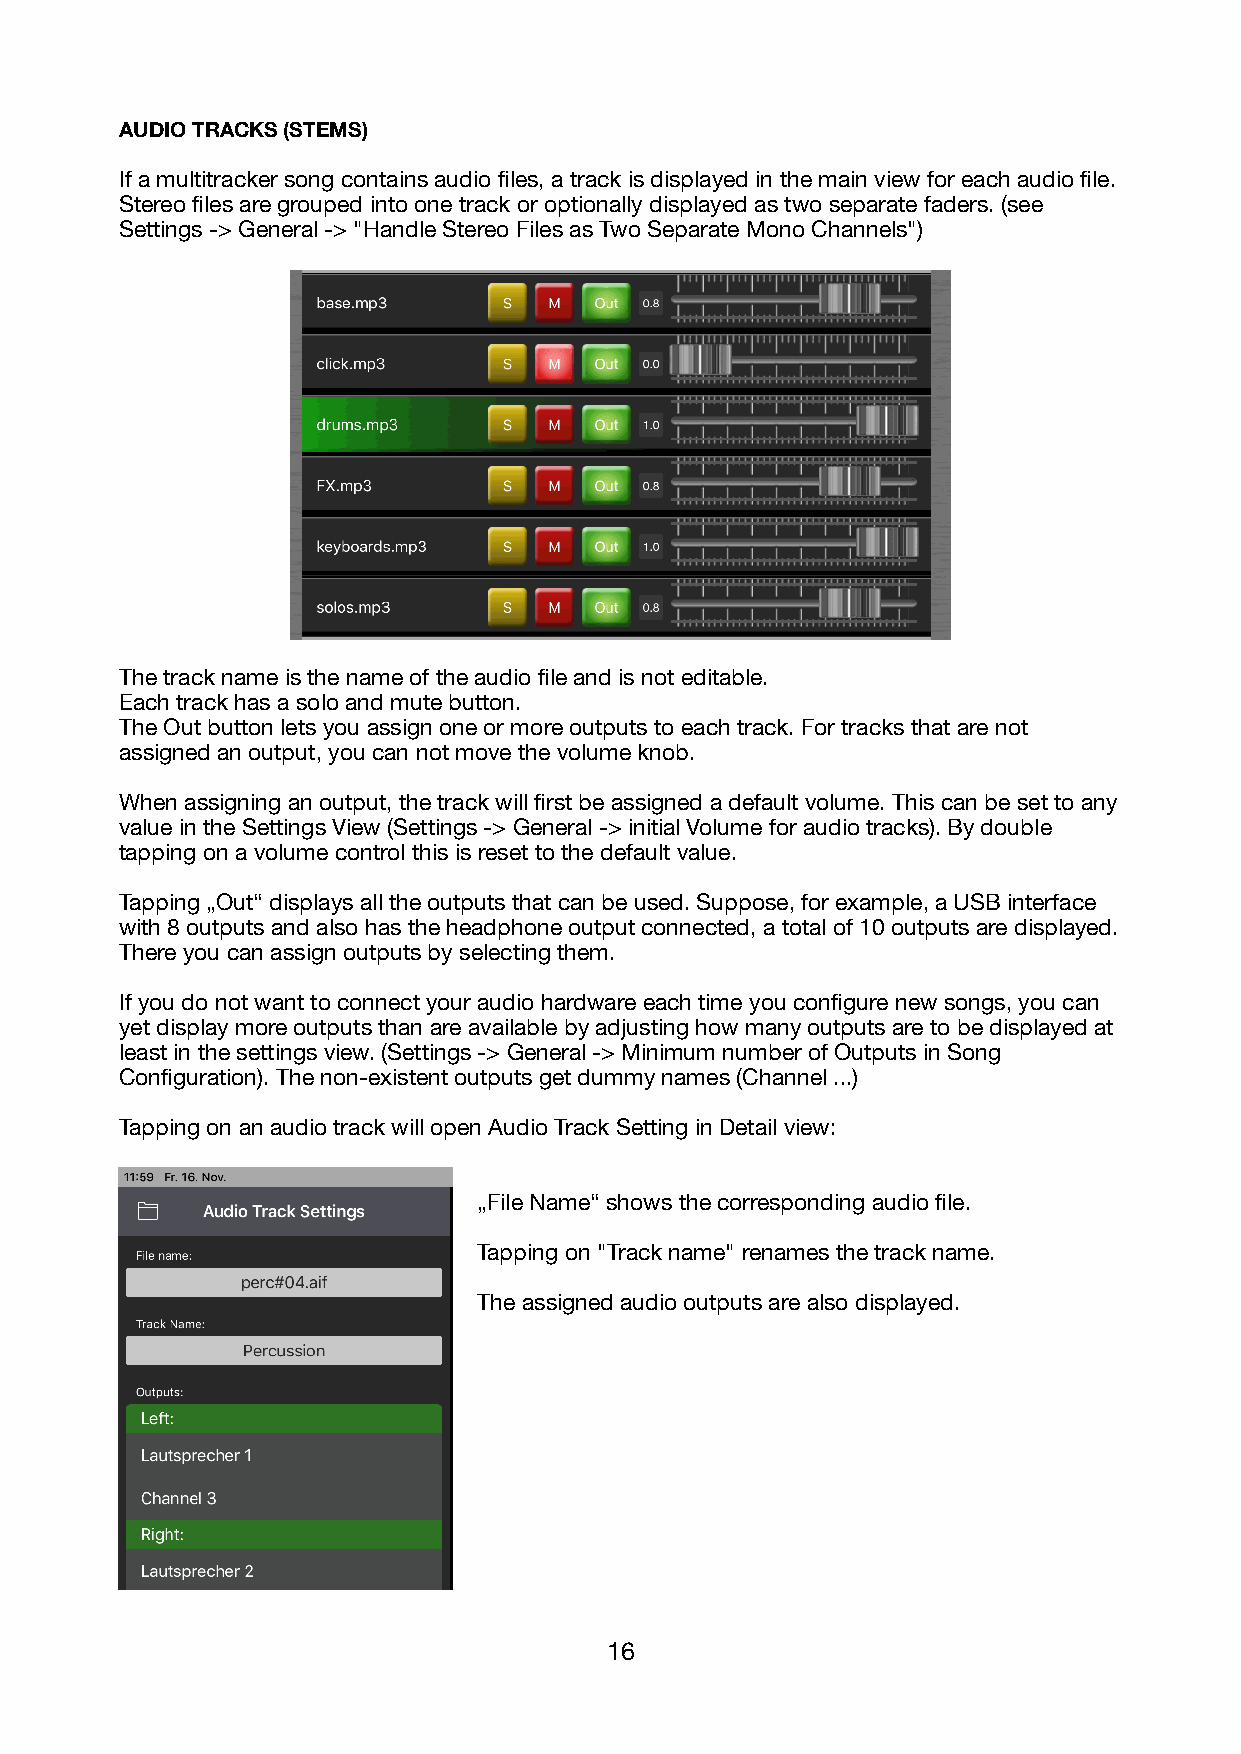
AUDIO TRACKS (STEMS)
 If a multitracker song contains audio files, a track is displayed in the main view for each audio file.
 Stereo files are grouped into one track or optionally displayed as two separate faders. (see
 Settings -> General -> "Handle Stereo Files as Two Separate Mono Channels")
 The track name is the name of the audio file and is not editable.
 Each track has a solo and mute button.
 The Out button lets you assign one or more outputs to each track. For tracks that are not
 assigned an output, you can not move the volume knob.
 When assigning an output, the track will first be assigned a default volume. This can be set to any
 value in the Settings View (Settings -> General -> initial Volume for audio tracks). By double
 tapping on a volume control this is reset to the default value.
 Tapping „Out“ displays all the outputs that can be used. Suppose, for example, a USB interface
 with 8 outputs and also has the headphone output connected, a total of 10 outputs are displayed.
 There you can assign outputs by selecting them.
 If you do not want to connect your audio hardware each time you configure new songs, you can
 yet display more outputs than are available by adjusting how many outputs are to be displayed at
 least in the settings view. (Settings -> General -> Minimum number of Outputs in Song
 Configuration). The non-existent outputs get dummy names (Channel ...)
 Tapping on an audio track will open Audio Track Setting in Detail view:
 „File Name“ shows the corresponding audio file.
 Tapping on "Track name" renames the track name.
 The assigned audio outputs are also displayed.
 16